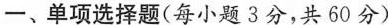
一、单项选择题(每小题3分，共60分)